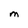
Character: M